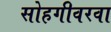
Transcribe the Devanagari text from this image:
सोहगीवरवा